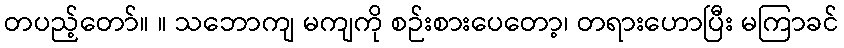
တပည့်တော်။ ။ သဘောကျ မကျကို စဉ်းစားပေတော့၊ တရားဟောပြီး မကြာခင်